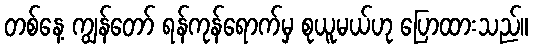
တစ်နေ့ ကျွန်တော် ရန်ကုန်ရောက်မှ စုယူမယ်ဟု ပြောထားသည်။